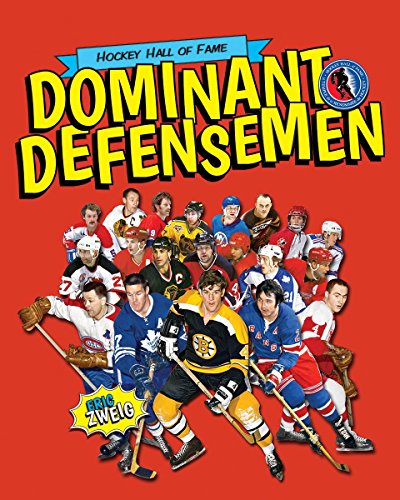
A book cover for Dominant Defensemen (Hockey Hall of Fame Kids); Eric Zweig; Children's Books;